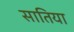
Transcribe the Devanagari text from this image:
सातिया